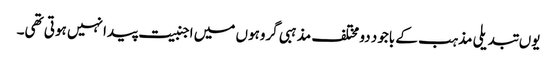
یوں تبدیلی مذہب کے باجود دو مختلف مذہبی گروہوں میں اجنبیت پیدا نہیں ہوتی تھی۔